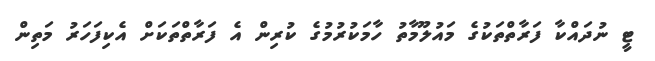
ޓީ ނުދައްކާ ފަރާތްތަކުގެ މައުލޫމާތު ހާމަކުރުމުގެ ކުރިން އެ ފަރާތްތަކަށް އެކިފަހަރު މަތިން